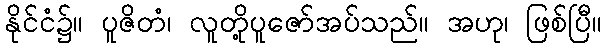
နိုင်ငံ၌။ ပူဇိတံ၊ လူတို့ပူဇော်အပ်သည်။ အဟု၊ ဖြစ်ပြီ။